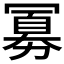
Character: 𪞕